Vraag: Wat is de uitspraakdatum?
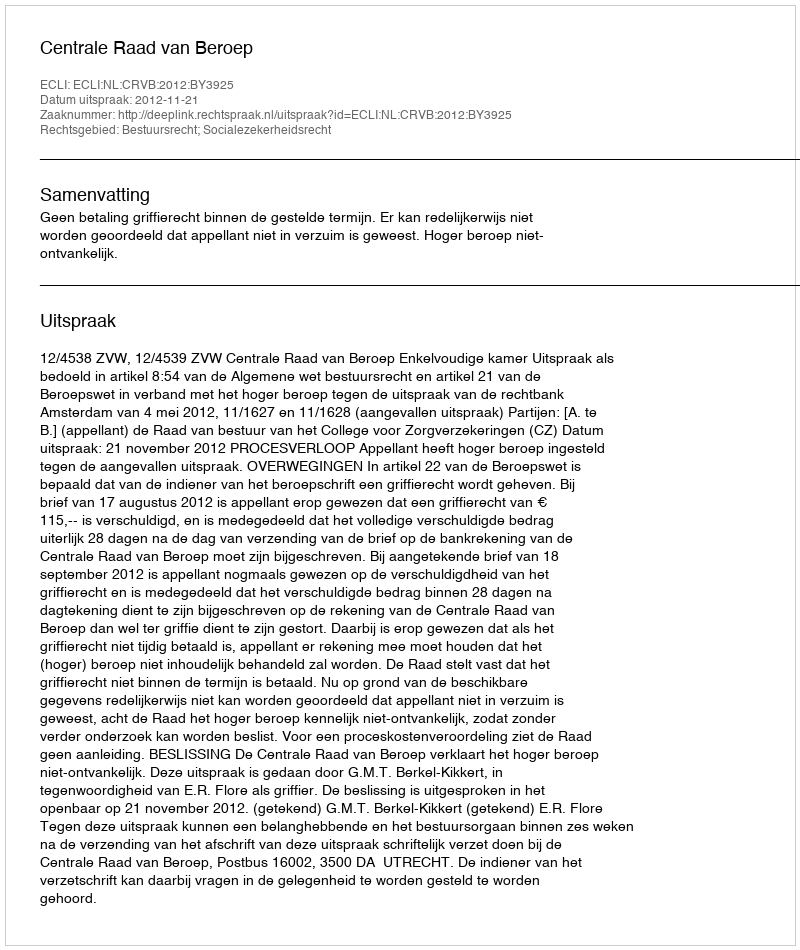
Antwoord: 2012-11-21